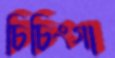
চিচিংগা